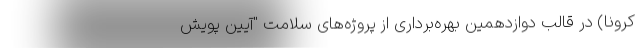
کرونا) در قالب دوازدهمین بهره‌برداری از پروژه‌های سلامت "آیین پویش